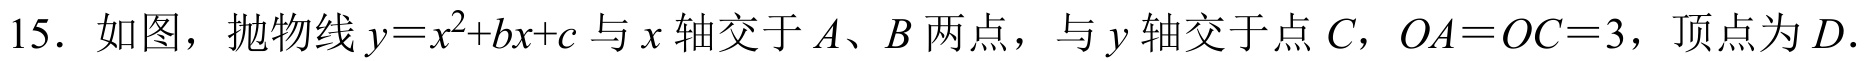
15. 如图，抛物线\(y = x^{2}+bx + c\)与\(x\)轴交于\(A、B\)两点，与\(y\)轴交于点\(C\)，\(OA = OC = 3\)，顶点为\(D\).